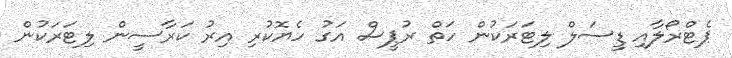
ޕެޓްރޯލާއި ޑީސަލް ލިޓަރަކުން ހަތް ރުޕީސް އަގު ހެޔޮކުރި އިރު ކަރާސީން ލިޓަރަކުން